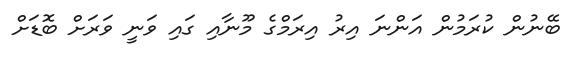
ބޭނުން ކުރަމުން އަންނަ އިރު އިރަމްގެ މޫނާއި ގައި ވަނީ ވަރަށް ބޮޑަށް